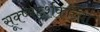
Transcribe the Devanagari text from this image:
सूक्ष्मदर्शकांच्या